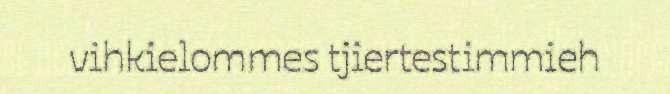
vihkielommes tjiertestimmieh